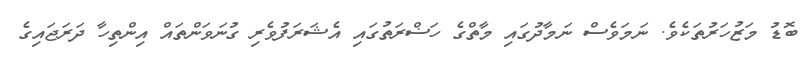
ބޮޑު މަޒުހަރުތަކެވެ. ނަމަވެސް ނަމާދުގައި މާތްގެ ހަޟްރަތުގައި އެޝަރަފުވެރި ގުނަވަންތައް އިންތިހާ ދަރަޖައިގެ